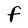
Character: F